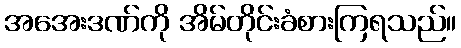
အအေးဒဏ်ကို အိမ်တိုင်းခံစားကြရသည်။